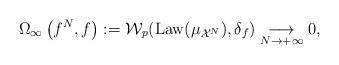
LaTeX: \begin{align*}\label[Ieq]{eq:Omegainfty}\Omega_\infty \left( f^N , f \right) := \mathcal{W}_p {\left( \mathrm{Law}(\mu_{\mathcal{X}^N}) , \delta_f \right)}\underset{N\to+\infty}{\longrightarrow}0,\end{align*}